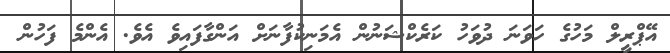
އޭޕްރީލް މަހުގެ ހަވަނަ ދުވަހު ކަރެކްޝަނުން އެމަނިކުފާނަށް އަންގާފައިވެ އެވެ. އެންމެ ފަހުން